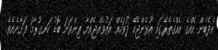
އެދެބެން އެއްގެ އެއްގެތެރޭގައި އުޅެންޖެހޭ ދުވަހެއް އަތުވެއްޖެއްޔާ ތިންވަނަ ބޮޑު ހަނގުރާމަ ފަށާނެއެވެ.